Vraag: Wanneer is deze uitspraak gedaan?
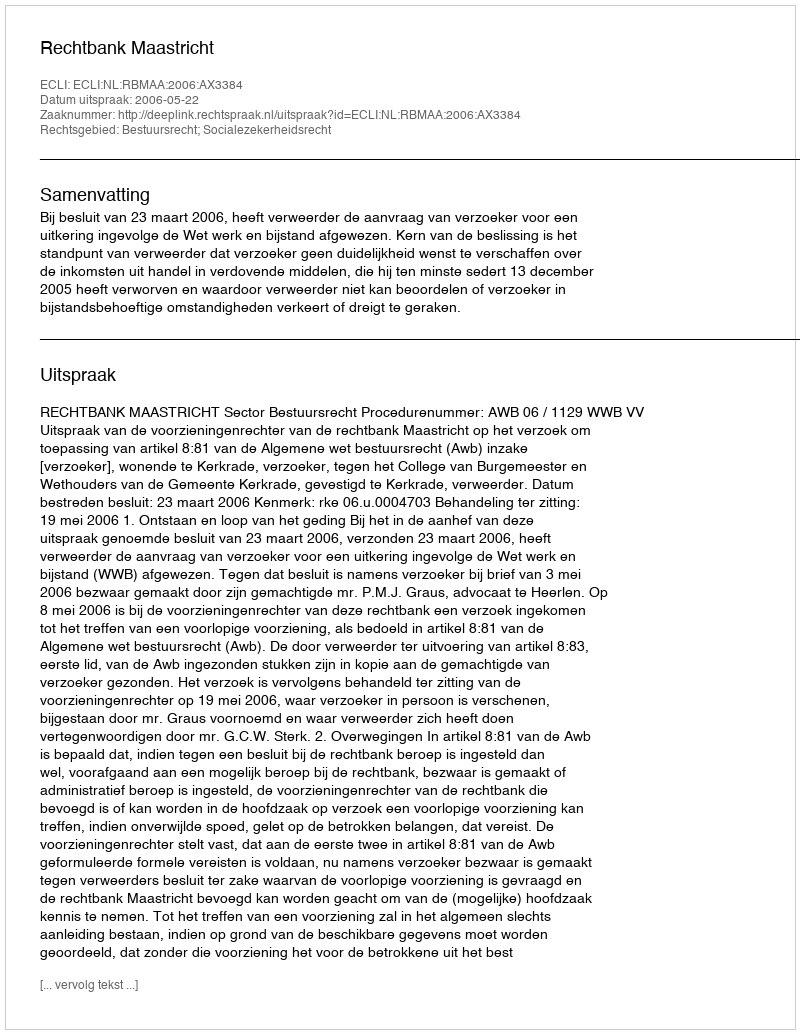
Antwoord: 2006-05-22